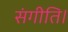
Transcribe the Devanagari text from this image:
संगीति।